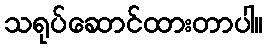
သရုပ်ဆောင်ထားတာပါ။